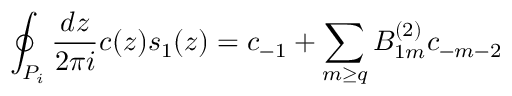
\oint _ { P _ { i } } \frac { d z } { 2 \pi i } c ( z ) s _ { 1 } ( z ) = c _ { - 1 } + \sum _ { m \geq q } B _ { 1 m } ^ { ( 2 ) } c _ { - m - 2 }